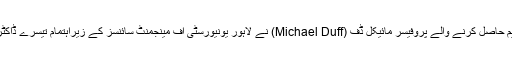
ڈاکٹر عبدالسلام کے حوالے سے یہ بات ان سے تعلیم حاصل کرنے والے پروفیسر مائیکل ڈف (Michael Duff) نے لاہور یونیورسٹی آف مینجمنٹ سائنسز کے زیراہتمام تیسرے ڈاکٹر سلام مموریل لیکچر سے خطاب کرتے ہوئے کی۔